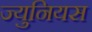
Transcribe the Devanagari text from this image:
ज्युनियस